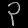
Digit: ၃